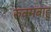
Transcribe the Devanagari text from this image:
रुक्मबाहु